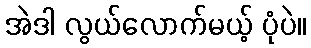
အဲဒါ လွယ်လောက်မယ့် ပုံပဲ။